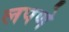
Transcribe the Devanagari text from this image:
लपणे